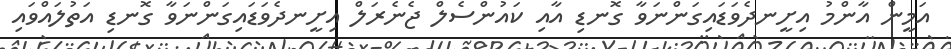
އަމީން އާންމު އިށީނދެވަޑައިގަންނަވާ ގޮނޑި އާއި ކައުންސެލް ޖެނެރަލް އިށީނދެވަޑައިގަންނަވާ ގޮނޑި އަތުލައްވައި